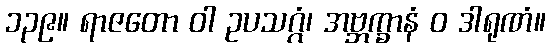
၁၃၉။ ရာဇတော ဝါ ဥပသဂ္ဂံ၊ အဗ္ဘက္ခာနံ ဝ ဒါရုဏံ။